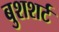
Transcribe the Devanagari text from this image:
बुशशर्ट